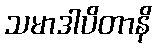
သမာဒါပိတာနိ